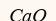
СаО